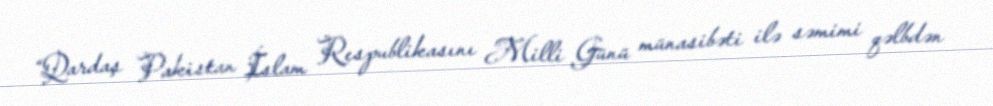
“Qardaş Pakistan İslam Respublikasını Milli Günü münasibəti ilə səmimi qəlbdən